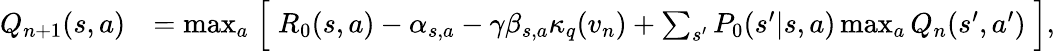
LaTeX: \begin{array}{rl}{Q_{n+1}(s,a)}&{=\operatorname*{max}_{a}\Bigm[R_{0}(s,a)-\alpha_{s,a}-\gamma\beta_{s,a}\kappa_{q}(v_{n})+\sum_{s^{\prime}}P_{0}(s^{\prime}|s,a)\operatorname*{max}_{a}Q_{n}(s^{\prime},a^{\prime})\Bigm],}\end{array}